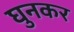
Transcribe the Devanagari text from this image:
घुनकर